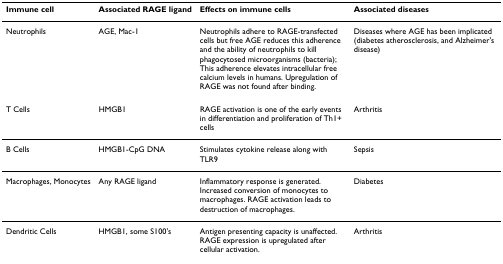
| Immune cell | Associated RAGE ligand | Effects on immune cells | Associated diseases |
 | --- | --- | --- | --- |
 | Neutrophils | AGE, Mac-1 | Neutrophils adhere to RAGE-transfected cells but free AGE reduces this adherence and the ability of neutrophils to kill phagocytosed microorganisms (bacteria); This adherence elevates intracellular free calcium levels in humans. Upregulation of RAGE was not found after binding. | Diseases where AGE has been implicated (diabetes atherosclerosis, and Alzheimer's disease) |
 | T Cells | HMGB1 | RAGE activation is one of the early events in differentiation and proliferation of Th1+ cells | Arthritis |
 | B Cells | HMGB1-CpG DNA | Stimulates cytokine release along with TLR9 | Sepsis |
 | Macrophages, Monocytes | Any RAGE ligand | Inflammatory response is generated. Increased conversion of monocytes to macrophages. RAGE activation leads to destruction of macrophages. | Diabetes |
 | Dendritic Cells | HMGB1, some S100's | Antigen presenting capacity is unaffected. RAGE expression is upregulated after cellular activation. | Arthritis |